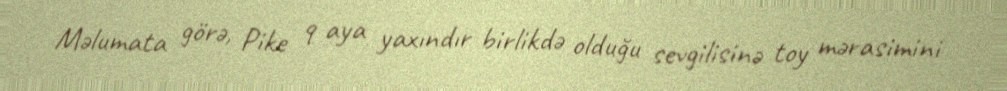
Məlumata görə, Pike 9 aya yaxındır birlikdə olduğu sevgilisinə toy mərasimini